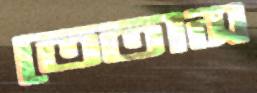
তেতাস